system: You are a helpful assistant.
user:
Analyze the provided spectrum to determine if it is a **White Dwarf (WD)**.

A White Dwarf spectrum is defined by its **extreme purity** (due to gravitational settling) and/or **extreme pressure broadening** (due to high surface gravity). You must check for one of the following mutually exclusive signatures:

- **Key Visual Indicators (Check for ONE of these types):**

    - **1. DA-Type Signature (Most Common):**
        - **(Primary Feature):** Extreme pressure broadening (Stark broadening) of the **Hydrogen (H) Balmer lines**.
        - **(Key Lines):** $H\beta$ (approx. $4861$ Å) and $H\gamma$ (approx. $4340$ Å). $H\alpha$ (approx. $6563$ Å) will also be present if the wavelength range covers it.
        - **(Line Profile):** This is the **defining feature**. The lines are **NOT** sharp. They appear as massive, **extremely broad and deep "troughs" or "dips"** in the spectrum, often hundreds of Ångströms wide. The continuum will appear to "scoop" down at these wavelengths.
        - **(Distinction):** Normal A-type or B-type stars have *narrow* and *sharp* Hydrogen lines. A DA White Dwarf's lines are unmistakably "smeared" or "blurry" from pressure.

    - **2. DB-Type Signature:**
        - **(Primary Feature):** Broad absorption lines from **Neutral Helium (He I)**. The spectrum must lack any visible Hydrogen lines.
        - **(Key Lines):** Look for broad absorption near $4471$ Å, $4921$ Å, and $5876$ Å.
        - **(Line Profile):** These lines are also significantly pressure-broadened, appearing much wider than they would in a normal B-type main-sequence star.

    - **3. DC-Type Signature:**
        - **(Primary Feature):** A **featureless continuous spectrum**.
        - **(Line Profile):** The spectrum is a smooth curve with **no significant absorption or emission lines**.
        - **(Key Confirmation):** The continuum is almost always **blue or white**, indicating a hot object. This signature implies the atmosphere is so pure (or so cool) that no spectral lines are visible in the optical range. Its WD identity is confirmed by its extremely low intrinsic brightness (high absolute magnitude).

    - **4. DZ-Type Signature (Metal-Polluted):**
        - **(Primary Feature):** **Isolated, narrow metal absorption lines** on an otherwise featureless (DC-like) continuum.
        - **(Key Lines):** The **Calcium (Ca II) H & K doublet** (approx. **$3934$ Å** and **$3968$ Å**) is the most common and defining feature.
        - **(Line Profile):** These lines are "out of place." They are *not* part of a "forest" of thousands of lines. This signature is evidence of recent *accretion* (pollution) from rocky debris.
        - **(Distinction):** Normal G/K/M stars have a *dense forest* of thousands of metal lines. A DZ has a *clean* continuum with *only a few* strong metal lines.

    - **5. DQ-Type Signature (Carbon-Polluted):**
        - **(Primary Feature):** Absorption bands from **Carbon (C₂ "Swan Bands" or atomic C I)**.
        - **(Key Lines - C₂):** Look for bandheads with a "saw-tooth" shape near $5635$ Å, **$5165$ Å** (strongest), and $4737$ Å.
        - **(Key Confirmation):** The underlying **continuum must be blue or white** (hot).
        - **(Distinction):** This is the critical difference from a **Carbon Star**, which has the *exact same* C₂ bands but on an extremely **red, cool** continuum.

- **(Overall Spectrum):**
    - The continuum (overall shape) is typically **blue-sloping** (brighter in the blue than the red), as most white dwarfs are very hot.
    - The spectrum will look "pure" or "simple," dominated by only *one* of the five signatures listed above.

Think first, call **spectral_visualization_tool** if needed to examine features in detail, then provide your final answer. Your response must adhere to the following strict rules:
1.  **Overall Structure:** Your response must follow the format `<think>...</think> <tool_call>...</tool_call> (if a tool is used) <answer>...</answer>`.
2.  **Tool Usage Constraint:** You may only make **one** tool call per turn.
3.  **Final Answer Format:** In the `<answer>` tag, your conclusion must be inside a `\boxed{}` command (e.g., `\boxed{YES}` or `\boxed{NO}`), followed by your justification.

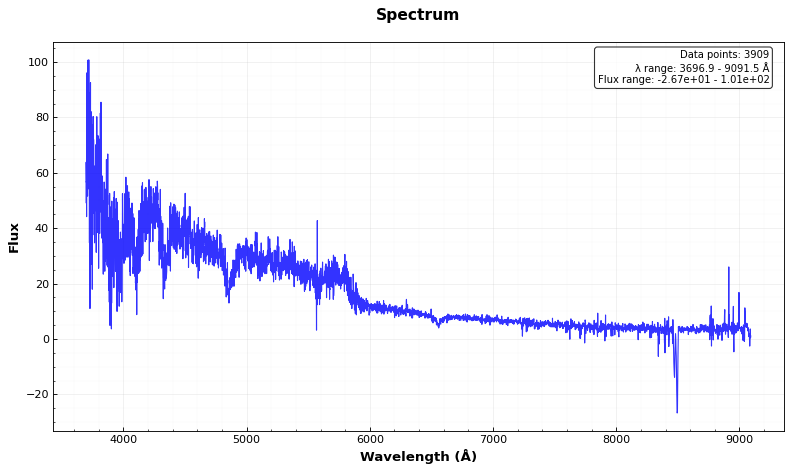
Answer: YES